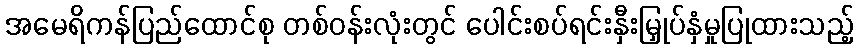
အမေရိကန်ပြည်ထောင်စု တစ်ဝန်းလုံးတွင် ပေါင်းစပ်ရင်းနှီးမြှုပ်နှံမှုပြုထားသည့်